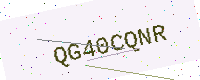
Text: QG40CQNR